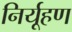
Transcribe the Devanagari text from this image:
निर्यूहण